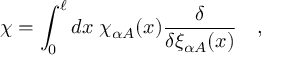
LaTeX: \chi = \int _ { 0 } ^ { \ell } d x \; \chi _ { \alpha A } ( x ) { \frac { \delta } { \delta \xi _ { \alpha A } ( x ) } } \quad ,